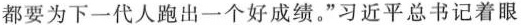
都要为下一代人跑出一个好成绩。”习近平总书记着眼